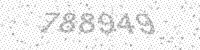
Solution: 788949